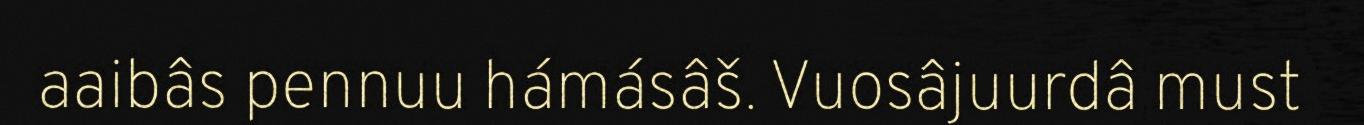
aaibâs pennuu hámásâš. Vuosâjuurdâ must